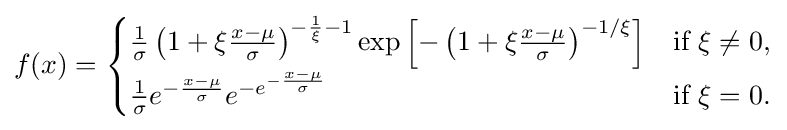
f(x)={\begin{cases}{\frac {1}{\sigma }}\left(1+\xi {\frac {x-\mu }{\sigma }}\right)^{-{\frac {1}{\xi }}-1}\exp \left[-\left(1+\xi {\frac {x-\mu }{\sigma }}\right)^{-{1}/{\xi }}\right]&{\text{if }}\xi \neq 0,\\{\frac {1}{\sigma }}e^{-{\frac {x-\mu }{\sigma }}}e^{-e^{-{\frac {x-\mu }{\sigma }}}}&{\text{if }}\xi =0.\end{cases}}